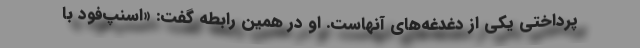
پرداختی یکی از دغدغه‌های آنهاست. او در همین رابطه گفت: «اسنپ‌فود با